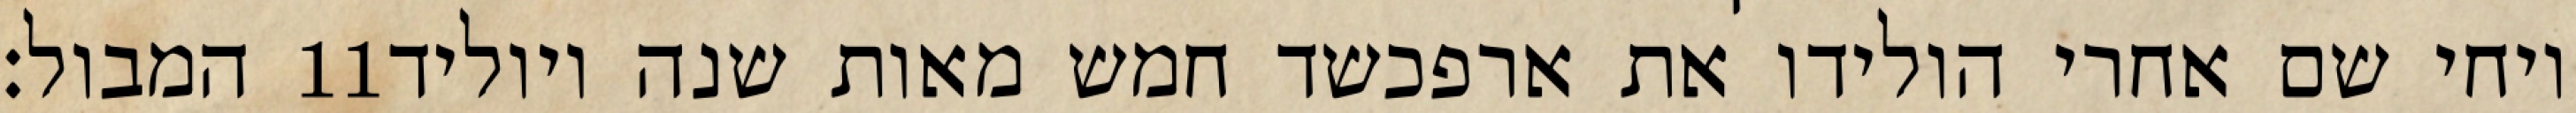
המבול׃ ‎11‏ ויחי שם אחרי הולידו את ארפכשד חמש מאות שנה ויוליד